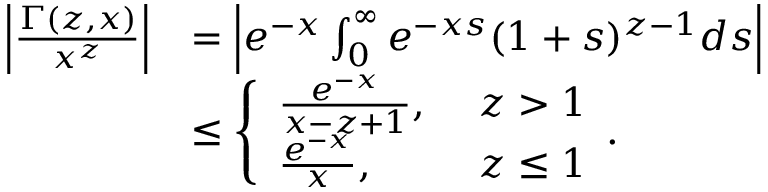
\begin{array} { r l } { \Big | \frac { \Gamma ( z , x ) } { x ^ { z } } \Big | } & { = \Big | e ^ { - x } \int _ { 0 } ^ { \infty } e ^ { - x s } ( 1 + s ) ^ { z - 1 } d s \Big | } \\ & { \le \left\{ \begin{array} { l l } { \frac { e ^ { - x } } { x - z + 1 } , } & { \ z > 1 } \\ { \frac { e ^ { - x } } { x } , } & { \ z \le 1 } \end{array} . \right. } \end{array}